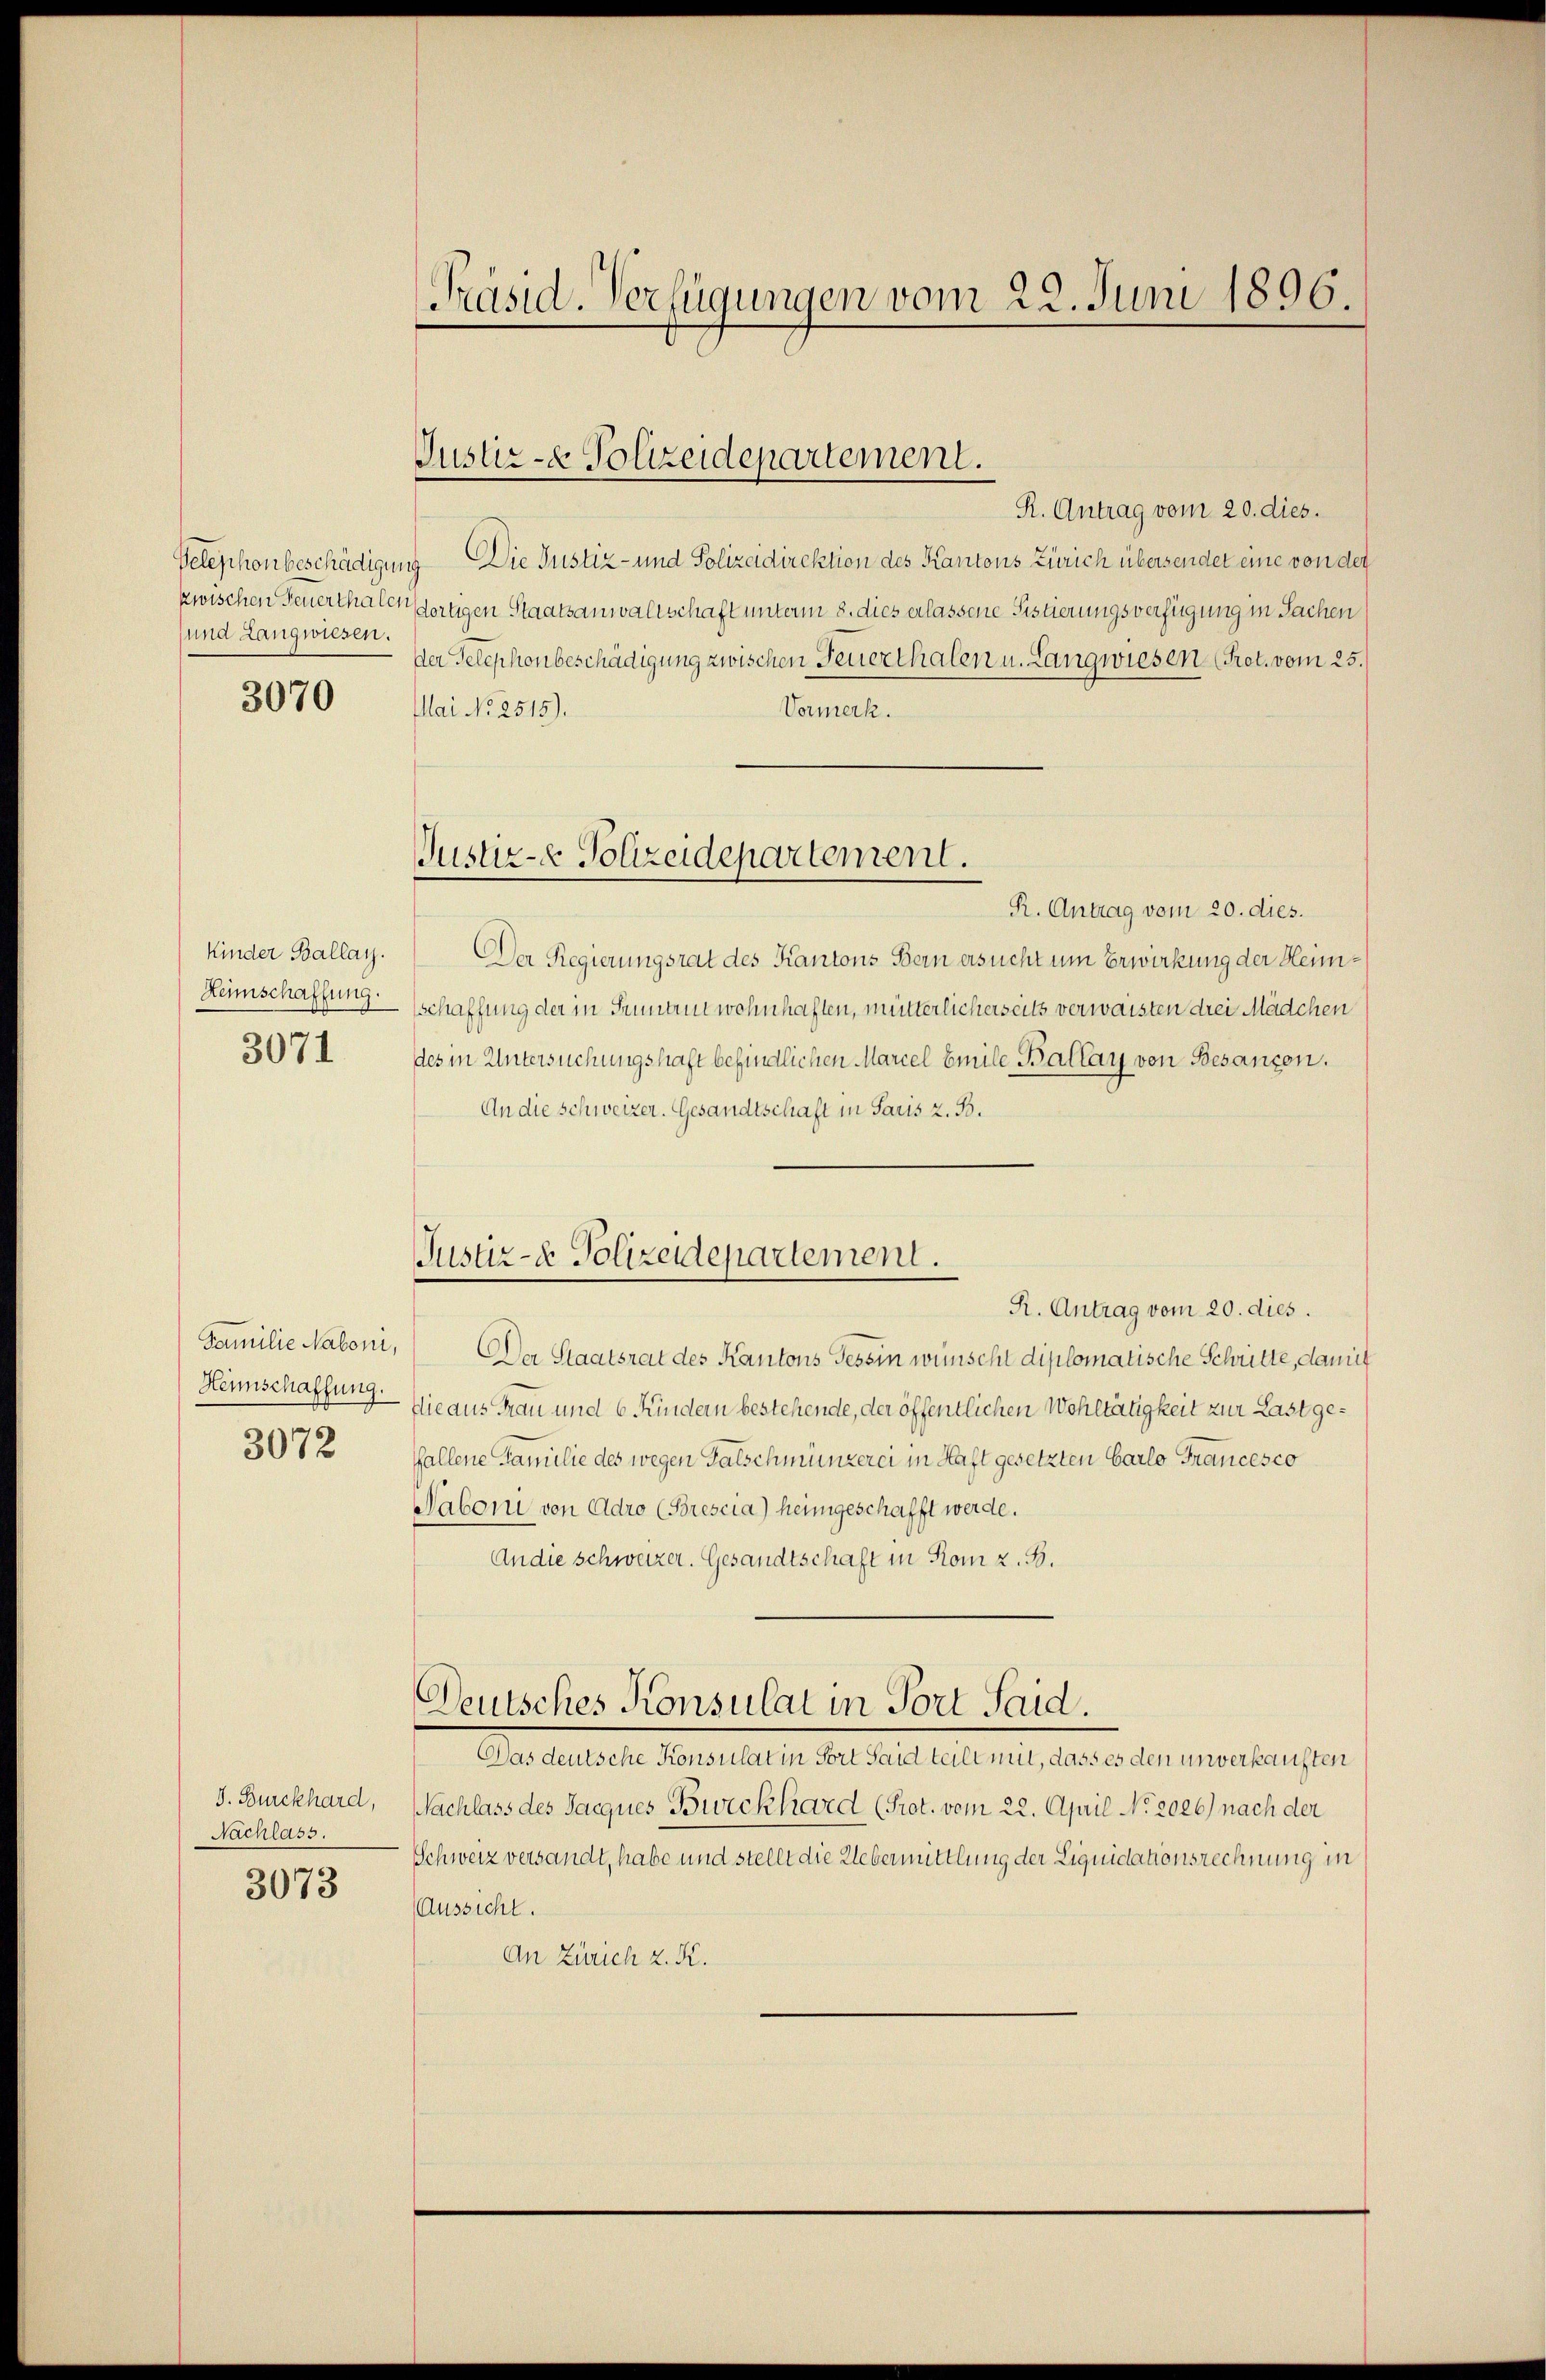
und Langwiesen.

3070

Kinder Ballay.
Heimschaffung.
3071

Hennschaffung.
3072

J. Burckhard,
Nachlass.
3073

Präsid. Verfügungen vom 22. Juni 1896.

Justiz- & Polizeidepartement.

R. Antrag vom 20. dies.
Velephonbeschädigung Die Justiz- und Polizeidirektion des Kantons Zürich übersendet eine von der
zwischen Feuerthalen fortigen Staatsanwaltschaft unterm 8. dies erlassene Sistierungsverfügung in Sachen
der Telephonbeschädigung zwischen Feuerthalen u. Langwiesen (Pret. vom 25.
Mai No 2515).
Vormerk.
R. Antrag vom 20. dies.
Der Regierungsrat des Kantons Bern ersucht um Erwirkung der Heimschaffung der in Grunde wohnhaften, mütterlicherseits verwaisten drei Mädchen
des in Untersuchungshaft befindlichen Marcel Emile Ballay von Besançon.
An die Schweizer. Gesandtschaft in Paris z. B.
Justiz- & Polizeidepartement.
R. Antrag vom 20. dies.
Familie Naboni, Der Staatsrat des Kantons Tessin wünscht diplomatische Schritte, damit
fieaus Frau und 6 Kindern bestehende, der öffentlichen Wohltätigkeit zur Last gefallene Familie des wegen Falschmünzerei in Haft gesetzten Carlo Francesco
Saboni von Adro (Brescia) heimgeschafft werde.
Andie schweizer. Gesandtschaft in Rom z. B.

Justiz- & Polizeidepartement.

Das deutsche Konsulat in Fort Said teilt mit, dass es den unverkauften
Nachlass des Jacques Burckhard (Prot. vom 22. April No 2026.) nach der
Schweiz versandt, habe und stellt die Uebermittlung der Liquidationsrechnung in
Aussicht.
An Zürich z. K.

Deutsches Konsulat in Fort Said.